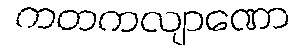
ကတကလျာဏော